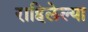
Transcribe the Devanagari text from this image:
राहिलेल्‍या